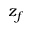
z _ { f }